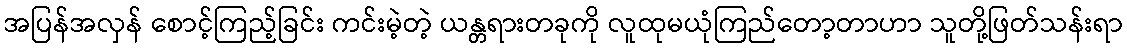
အပြန်အလှန် စောင့်ကြည့်ခြင်း ကင်းမဲ့တဲ့ ယန္တရားတခုကို လူထုမယုံကြည်တော့တာဟာ သူတို့ဖြတ်သန်းရာ